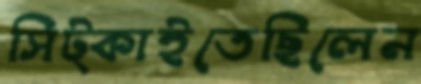
সিট্‌কাইতেছিলেন